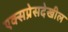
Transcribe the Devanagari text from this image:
एक्सप्रेसदेखील